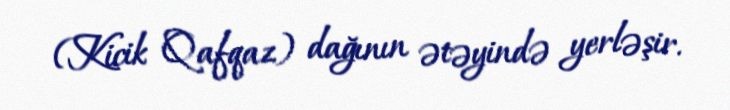
(Kicik Qafqaz) dağının ətəyində yerləşir.